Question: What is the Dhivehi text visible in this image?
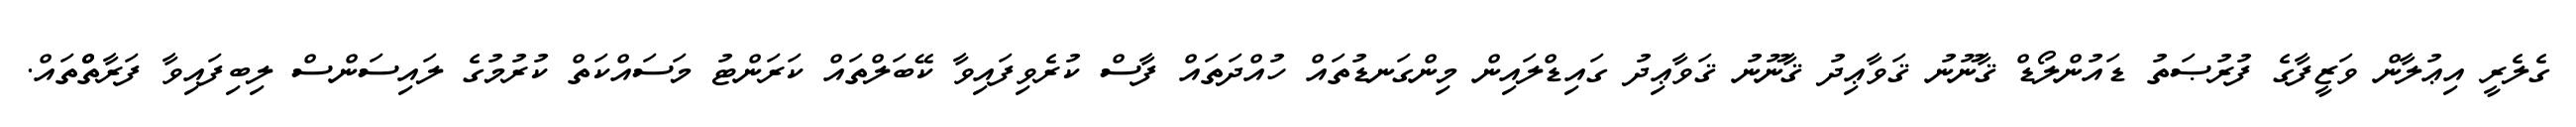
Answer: ގެލެރީ އިޢުލާން ވަޒީފާގެ ފުރުޞަތު ޑައުންލޯޑް ޤާނޫނު ޤަވާޢިދު ޤާނޫނު ޤަވާޢިދު ގައިޑްލައިން މިންގަނޑުތައް ހުއްދަތައް ފާސް ކުރެވިފައިވާ ކޭބަލްތައް ކަރަންޓު މަސައްކަތް ކުރުމުގެ ލައިސަންސް ލިބިފައިވާ ފަރާތްްްތައް.